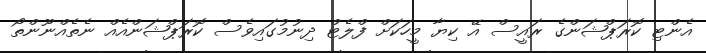
އެންޓި ކޮރަޕްޝަންގެ ރައީސް އޭ ކިޔާ މީހަކަށް ފްލެޓް ދިނުމުގައިވެސް ކޮރަޕްޝަންއެއް ނެތެއްނޫންތޯ